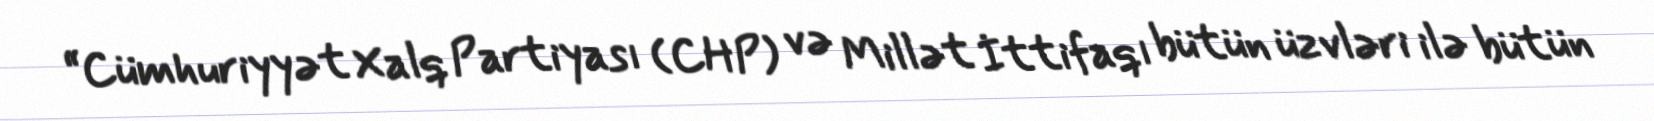
“Cümhuriyyət Xalq Partiyası (CHP) və Millət İttifaqı bütün üzvləri ilə bütün